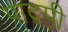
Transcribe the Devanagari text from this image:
पादपी